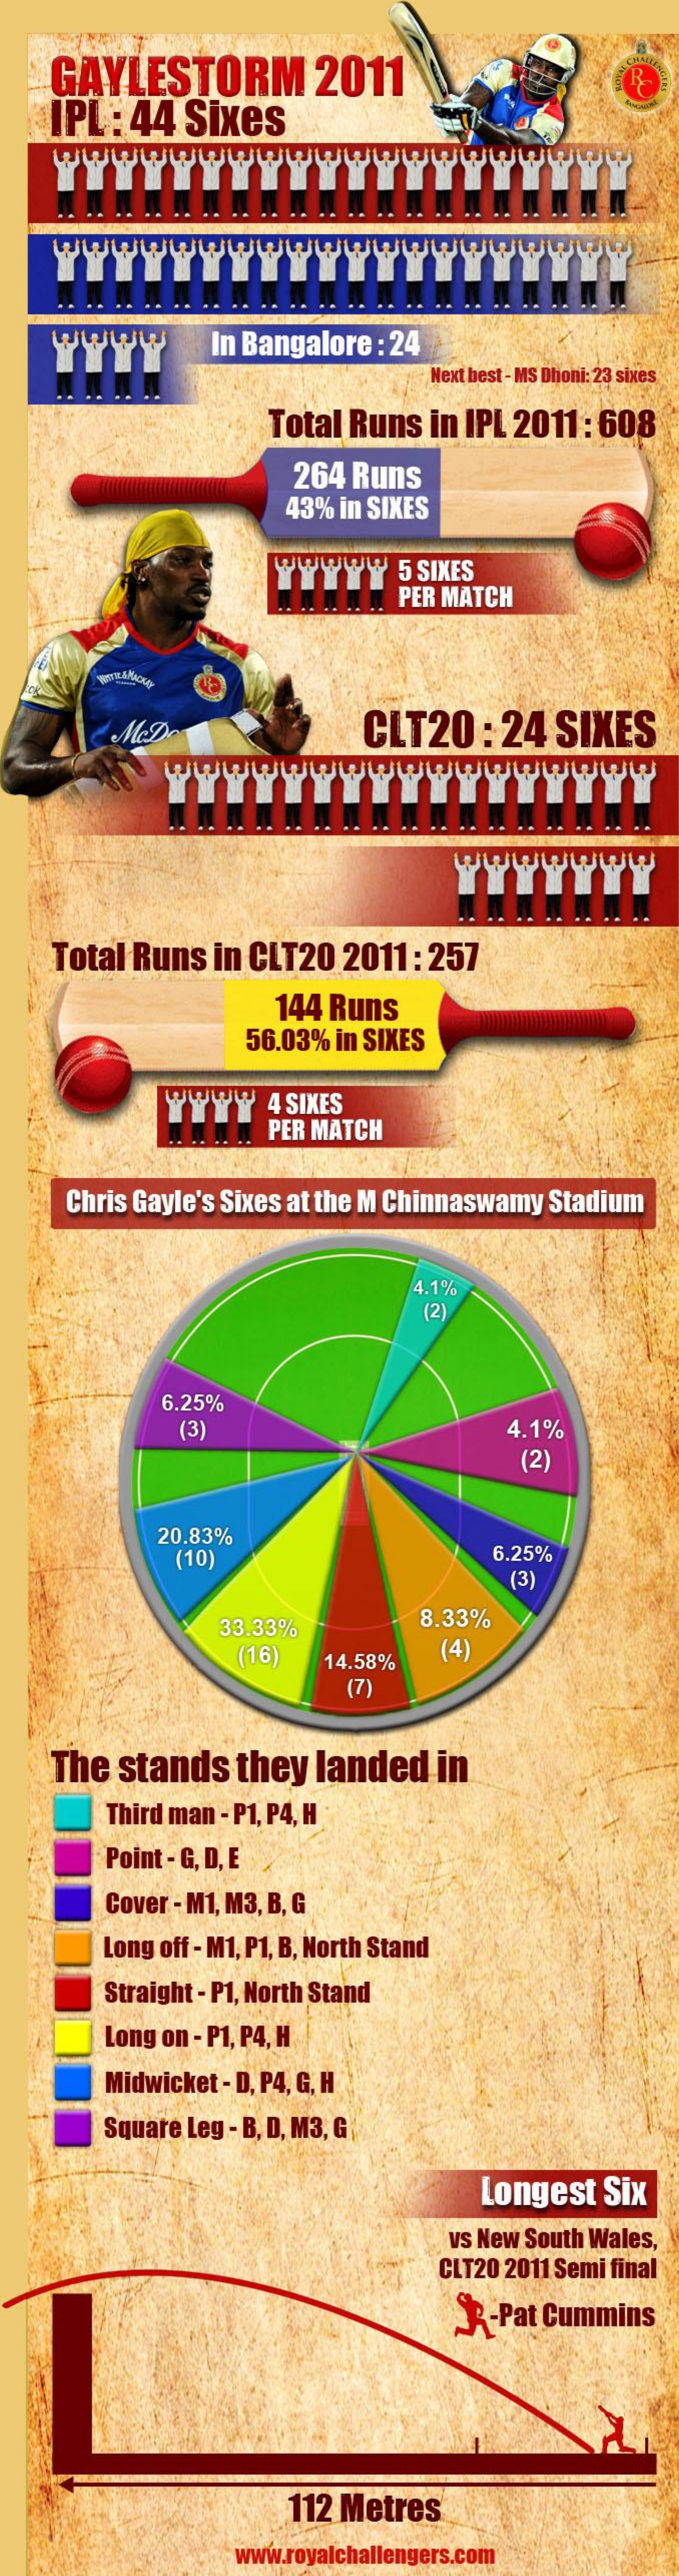
GAYLESTORM    2011
    IPL : 44 Sixes
    wwwwwwwwwwwwwwwwwww.
    wwwwwwwwww    wwwwww
    wwww    In Bangalore : 24
     Next best - MS Dhoni: 23 sixes
     Total Runs in IPL 2011 : 608
     264 Runs
     43% in SIXES
     wwwww    5 SIXES
     PER MATCH
     CLT20    : 24 SIXES
     wwwwwwwwwwwwwwwww
    Total Runs in CLT20  2011 : 257
     144 Runs
     56.03% in SIXES
     wwww   4 SIXES
     PER MATCH
     Chris Gayle's Sixes at the M Chinnaswamy Stadium
     4.1%
     (2)
     6.25%
     (3)    4.1%
     (2)
     20.83%
     (10)    6.25%
     (3)
     33.33%    8.33%
     (16)  14.58%
     (4)
     (7)
    The  stands  they landed   in
     Third man - P1, P4, H
     Point - G, D, E
     Cover - M1, M3, B, G
     Long off - M1, P1, B, North Stand
     Straight - P1, North Stand
     Long on - P1, P4, H
     Midwicket - D, P4, G, H
     Square Leg - B, D, M3, G
     Longest Six
     vs New South Wales,
     CLT20 2011 Semi final
     3-Pat Cummins
     112 Metres
     www.royalchallengers.com